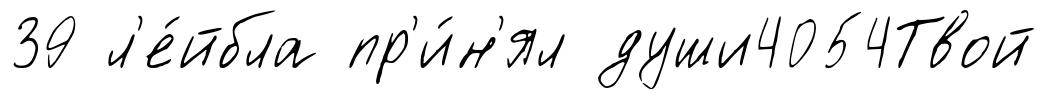
39 л'е́йбла пр'и́н'ял души4054Твой